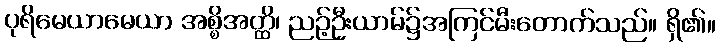
ပုရိမေယာမေယာ အစ္စိအတ္ထိ၊ ညဉ့်ဦးယာမ်၌အကြင်မီးတောက်သည်။ ရှိ၏။